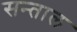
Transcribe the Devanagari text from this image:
सन्ताल